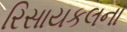
રિસાયકલના